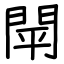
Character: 閛